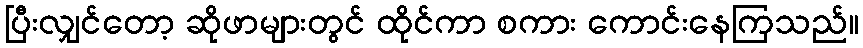
ပြီးလျှင်တော့ ဆိုဖာများတွင် ထိုင်ကာ စကား ကောင်းနေကြသည်။